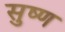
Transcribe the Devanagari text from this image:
सुष्ण